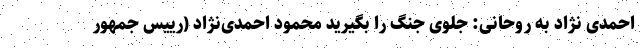
احمدی نژاد به روحانی: جلوی جنگ را بگیرید محمود احمدی‌نژاد (رییس جمهور